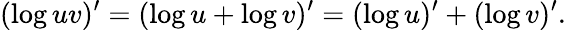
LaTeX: (\log uv)^{\prime}=(\log u+\log v)^{\prime}=(\log u)^{\prime}+(\log v)^{\prime}.